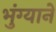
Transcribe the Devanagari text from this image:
भुंग्याने